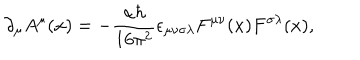
\partial _ { \mu } A ^ { \mu } ( x ) = - \frac { \alpha \hbar } { 1 6 \pi ^ { 2 } } \epsilon _ { \mu \nu \sigma \lambda } F ^ { \mu \nu } ( x ) F ^ { \sigma \lambda } ( x ) ,